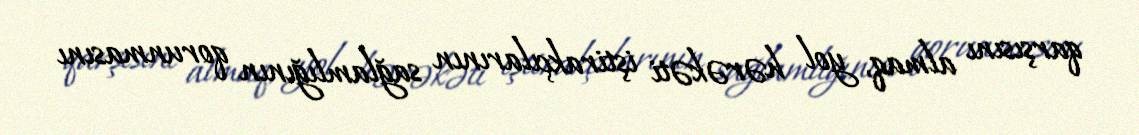
qarşısını almaq, yol hərəkəti iştirakçılarının sağlamlığının qorunmasını